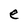
Character: e